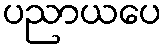
ပညာယပေ